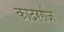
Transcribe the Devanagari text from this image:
कादरगंज